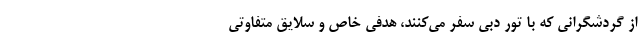
از گردشگرانی که با تور دبی سفر می‌کنند، هدفی خاص و سلایق متفاوتی